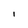
Character: I